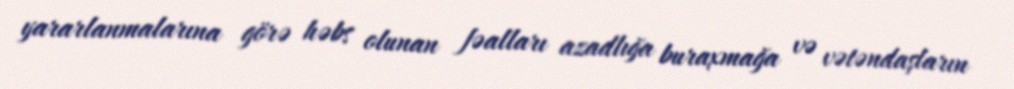
yararlanmalarına görə həbs olunan fəalları azadlığa buraxmağa və vətəndaşların